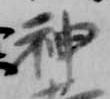
神